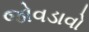
જોવડાવો